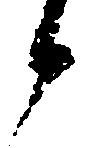
候